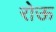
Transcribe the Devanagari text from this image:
रोऊ